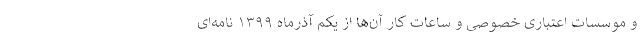
و موسسات اعتباری خصوصی و ساعات کار آن‌ها از یکم آذرماه ۱۳۹۹ نامه‌ای